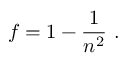
f = 1 - { \frac { 1 } { n ^ { 2 } } } \ .